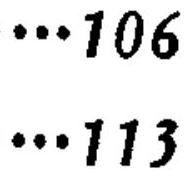
\(\cdots 106\)\\
\(\cdots 113\)